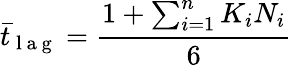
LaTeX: \bar{t}_{\mathrm{~l~a~g~}}=\frac{1+\sum_{i=1}^{n}K_{i}N_{i}}{6}